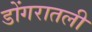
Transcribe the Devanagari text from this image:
डोंगरातली